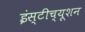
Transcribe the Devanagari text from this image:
इंस्टीच्यूशन